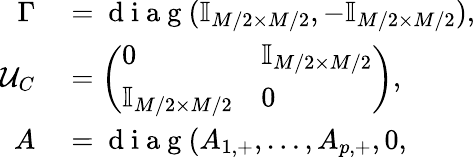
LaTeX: \begin{array}{rl}{\Gamma}&{{}=\mathrm{~d~i~a~g~}(\mathbb{I}_{M/2\times M/2},-\mathbb{I}_{M/2\times M/2}),}\\ {\mathcal{U}_{C}}&{{}=\left(\begin{array}{ll}{0}&{\mathbb{I}_{M/2\times M/2}}\\ {\mathbb{I}_{M/2\times M/2}}&{0}\end{array}\right),}\\ {A}&{{}=\mathrm{~d~i~a~g~}(A_{1,+},\ldots,A_{p,+},0,}\end{array}